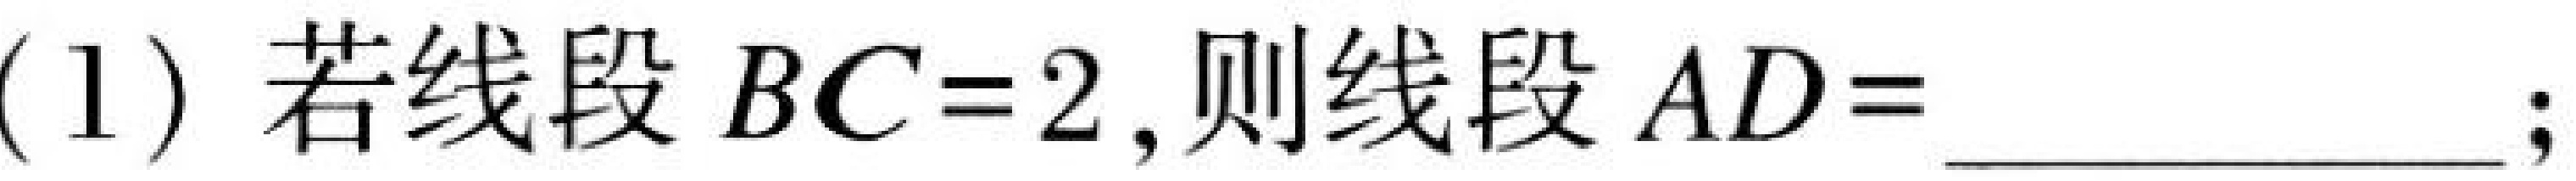
(1) 若线段 \(BC = 2\),则线段 \(AD=\underline{\quad\quad}\);